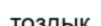
тоздық